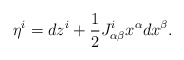
\begin{align*}\eta^i = dz^i + \frac{1}{2}J^i_{\alpha\beta} x^\alpha dx^\beta.\end{align*}